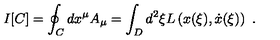
I [ C ] = \oint _ { C } d x ^ { \mu } A _ { \mu } = \int _ { D } d ^ { 2 } { \xi } L \left( x ( { \xi } ) , \dot { x } ( { \xi } ) \right) \ .